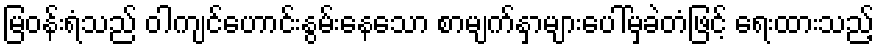
မြဝန်းရံသည် ဝါကျင်ဟောင်းနွမ်းနေသော စာမျက်နှာများပေါ်မှခဲတံဖြင့် ရေးထားသည့်